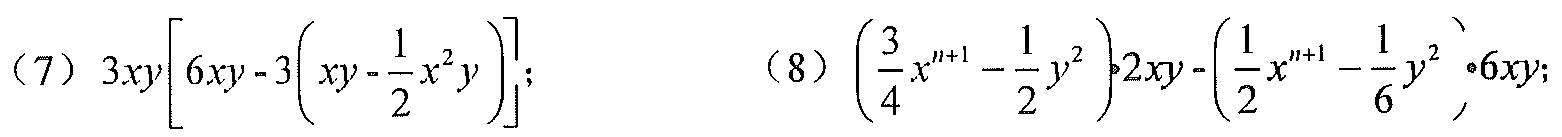
(7) \(3xy\left[6xy - 3\left(xy-\frac{1}{2}x^{2}y\right)\right]\);
(8) \(\left(\frac{3}{4}x^{n + 1}-\frac{1}{2}y^{2}\right)\cdot2xy-\left(\frac{1}{2}x^{n + 1}-\frac{1}{6}y^{2}\right)\cdot6xy\);